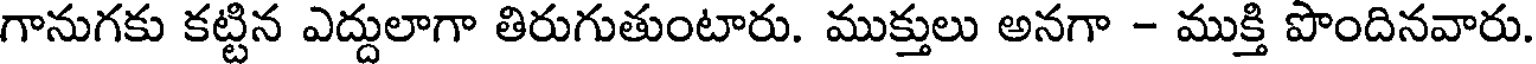
గానుగకు కట్టిన ఎద్దులాగా తిరుగుతుంటారు. ముక్తులు అనగా - ముక్తి పొందినవారు.